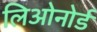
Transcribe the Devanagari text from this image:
लिओनोर्ड